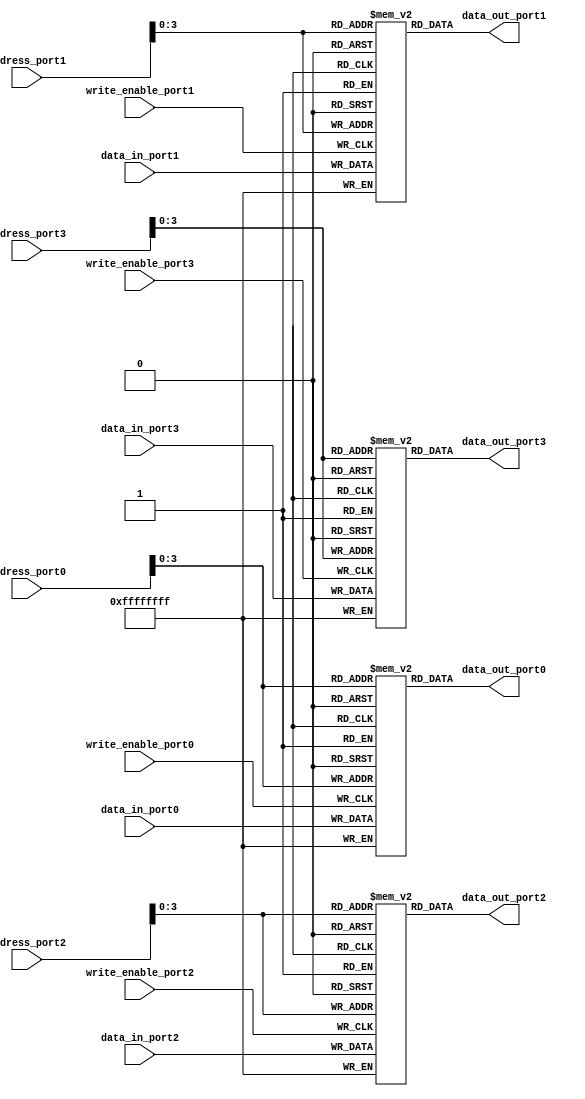
module quad_port_register_file (
    input [31:0] address_port0,
    input [31:0] address_port1,
    input [31:0] address_port2,
    input [31:0] address_port3,
    input [31:0] data_in_port0,
    input [31:0] data_in_port1,
    input [31:0] data_in_port2,
    input [31:0] data_in_port3,
    input write_enable_port0,
    input write_enable_port1,
    input write_enable_port2,
    input write_enable_port3,
    output reg [31:0] data_out_port0,
    output reg [31:0] data_out_port1,
    output reg [31:0] data_out_port2,
    output reg [31:0] data_out_port3
);

reg [31:0] memory_block0 [0:15];
reg [31:0] memory_block1 [0:15];
reg [31:0] memory_block2 [0:15];
reg [31:0] memory_block3 [0:15];

always @ (posedge write_enable_port0)
begin
    if(write_enable_port0)
        memory_block0[address_port0] <= data_in_port0;
end

always @ (posedge write_enable_port1)
begin
    if(write_enable_port1)
        memory_block1[address_port1] <= data_in_port1;
end

always @ (posedge write_enable_port2)
begin
    if(write_enable_port2)
        memory_block2[address_port2] <= data_in_port2;
end

always @ (posedge write_enable_port3)
begin
    if(write_enable_port3)
        memory_block3[address_port3] <= data_in_port3;
end

assign data_out_port0 = memory_block0[address_port0];
assign data_out_port1 = memory_block1[address_port1];
assign data_out_port2 = memory_block2[address_port2];
assign data_out_port3 = memory_block3[address_port3];

endmodule